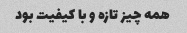
همه چیز تازه و با کیفیت بود